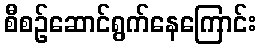
စီစဉ်ဆောင်ရွက်နေကြောင်း